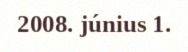
2008. június 1.